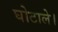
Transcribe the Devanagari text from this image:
घोटाले।